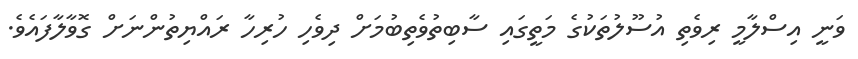
ވަނީ އިސްލާމީ ރިވެތި އުސޫލުތަކުގެ މަތީގައި ސާބިތުވެތިބުމަށް ދިވެހި ހުރިހާ ރައްޔިތުންނަށް ގޮވާލާފައެވެ.